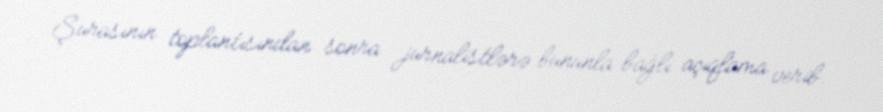
Şurasının toplantısından sonra jurnalistlərə bununla bağlı açıqlama verib.